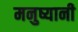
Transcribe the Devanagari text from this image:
मनुष्यानी